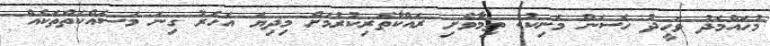
މުހައްމަދު ވަހީދު ހަސަން މަނިކު: ތިމާވެށި ރައްކާތެރިކުރުމަށް މިދިޔަ އަހަރު ގިނަ މަސައްކަތްތަކެއް